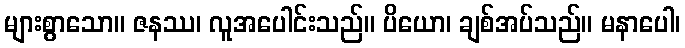
များစွာသော။ ဇနဿ၊ လူအပေါင်းသည်။ ပိယော၊ ချစ်အပ်သည်။ မနာပေါ၊